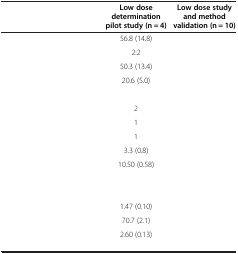
<table><thead><tr><td>[EMPTY_CELL]</td><td><b>Low dose determination pilot study (n = 4)</b></td><td><b>Low dose study and method validation (n = 10)</b></td></tr></thead><tbody><tr><td>[EMPTY_CELL]</td><td>56.8 (14.8)</td><td>[EMPTY_CELL]</td></tr><tr><td>[EMPTY_CELL]</td><td>2:2</td><td>[EMPTY_CELL]</td></tr><tr><td>[EMPTY_CELL]</td><td>50.3 (13.4)</td><td>[EMPTY_CELL]</td></tr><tr><td>[EMPTY_CELL]</td><td>20.6 (5.0)</td><td>[EMPTY_CELL]</td></tr><tr><td>[EMPTY_CELL]</td><td>[EMPTY_CELL]</td><td>[EMPTY_CELL]</td></tr><tr><td>[EMPTY_CELL]</td><td>2</td><td>[EMPTY_CELL]</td></tr><tr><td>[EMPTY_CELL]</td><td>1</td><td>[EMPTY_CELL]</td></tr><tr><td>[EMPTY_CELL]</td><td>1</td><td>[EMPTY_CELL]</td></tr><tr><td>[EMPTY_CELL]</td><td>3.3 (0.8)</td><td>[EMPTY_CELL]</td></tr><tr><td>[EMPTY_CELL]</td><td>10.50 (0.58)</td><td>[EMPTY_CELL]</td></tr><tr><td>[EMPTY_CELL]</td><td>[EMPTY_CELL]</td><td>[EMPTY_CELL]</td></tr><tr><td>[EMPTY_CELL]</td><td>[EMPTY_CELL]</td><td>[EMPTY_CELL]</td></tr><tr><td>[EMPTY_CELL]</td><td>1.47 (0.10)</td><td>[EMPTY_CELL]</td></tr><tr><td>[EMPTY_CELL]</td><td>70.7 (2.1)</td><td>[EMPTY_CELL]</td></tr><tr><td>[EMPTY_CELL]</td><td>2.60 (0.13)</td><td>[EMPTY_CELL]</td></tr></tbody></table>